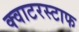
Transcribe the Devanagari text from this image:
क्वाटरस्टाफ